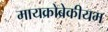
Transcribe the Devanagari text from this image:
मायक्रोब्रेकीयम